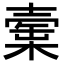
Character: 𣙲